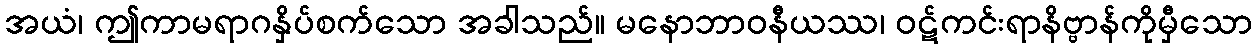
အယံ၊ ဤကာမရာဂနှိပ်စက်သော အခါသည်။ မနောဘာဝနီယဿ၊ ဝဋ်ကင်းရာနိဗ္ဗာန်ကိုမှီသော